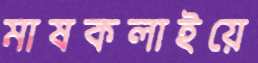
মাষকলাইয়ে